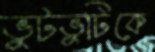
ভুটভুটিকে